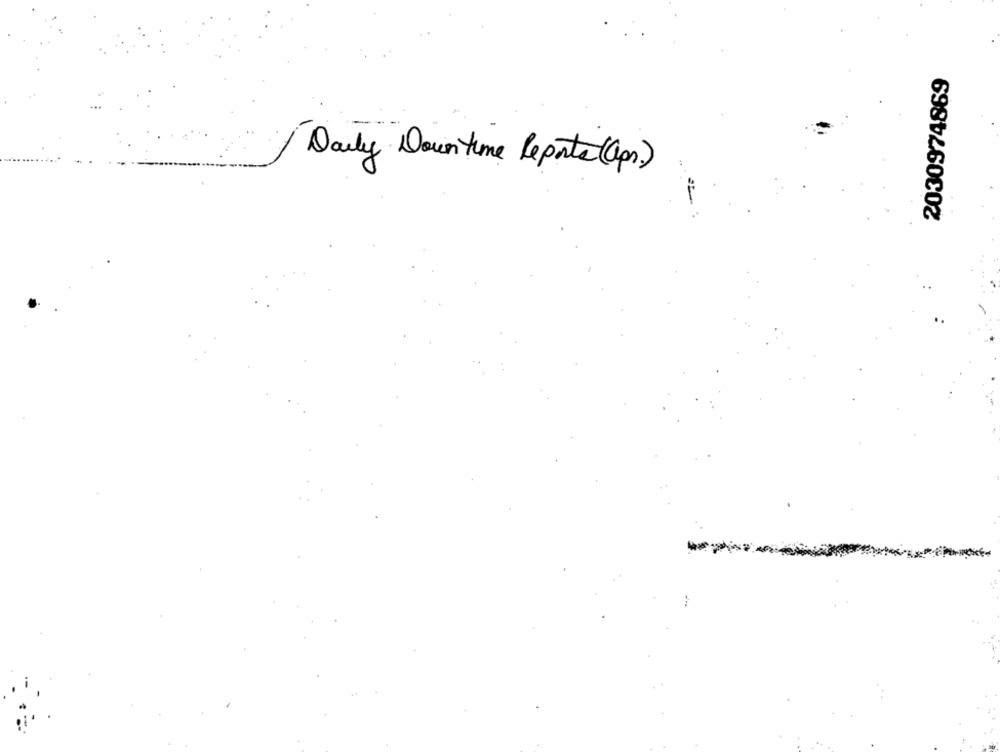
2030974869
Daily Down time Reports (ps)